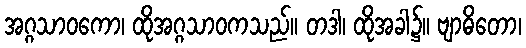
အဂ္ဂသာဝကော၊ ထိုအဂ္ဂသာဝကသည်။ တဒါ၊ ထိုအခါ၌။ ဗျာဓိတော၊